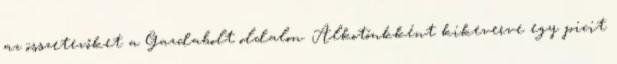
az összetevőket a Gazdabolt oldalon. Alkotónkként kikeverve egy picit